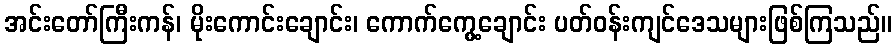
အင်းတော်ကြီးကန်၊ မိုးကောင်းချောင်း၊ ကောက်ကွေ့ချောင်း ပတ်ဝန်းကျင်ဒေသများဖြစ်ကြသည်။